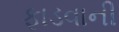
ફાડવાની